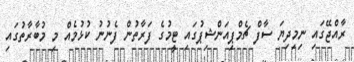
ރާއްޖޭގައި ނިމިިދިޔަ ސާފް ޗެމްޕިއަންޝިޕުގައި ޓީމުގެ ފަރާތުން ފެނުނު ކުޅުމެއް މި މުބާރާތުގައި